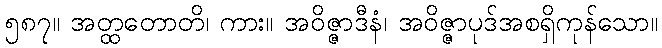
၅၈၇။ အတ္ထတောတိ၊ ကား။ အဝိဇ္ဇာဒီနံ၊ အဝိဇ္ဇာပုဒ်အစရှိကုန်သော။